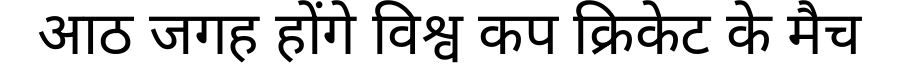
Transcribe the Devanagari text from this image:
आठ जगह होंगे विश्व कप क्रिकेट के मैच